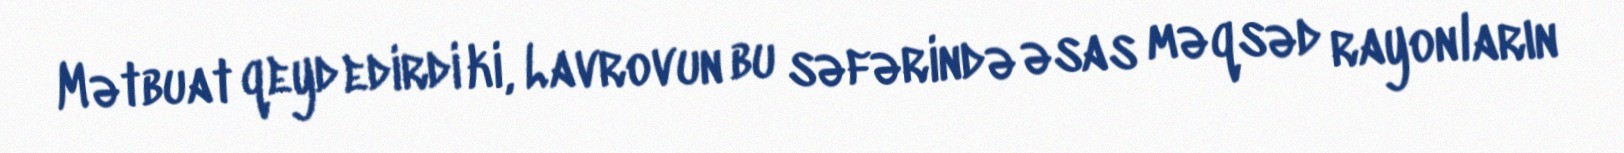
Mətbuat qeyd edirdi ki, Lavrovun bu səfərində əsas məqsəd rayonların